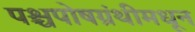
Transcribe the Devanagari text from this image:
पश्चपोषग्रंथीमधून